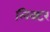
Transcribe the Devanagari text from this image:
लिक्टर